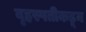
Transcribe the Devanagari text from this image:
बृहस्पतीकडून